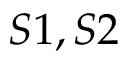
S 1 , S 2